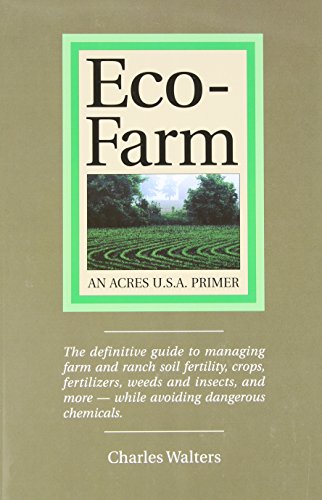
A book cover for Eco-Farm, An Acres U.S.A. Primer: The definitive guide to managing farm and ranch soil fertility, crops, fertilizers, weeds and insects while avoiding dangerous chemicals; Charles Walters; Science & Math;